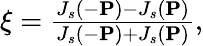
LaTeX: \begin{array}{r}{\xi=\frac{J_{s}(-{\mathbf{P}})-J_{s}({\mathbf{P}})}{J_{s}(-{\mathbf{P}})+J_{s}({\mathbf{P}})},}\end{array}